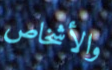
والأشخاص